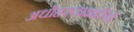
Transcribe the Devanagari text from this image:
अधोहस्ताक्षारियों